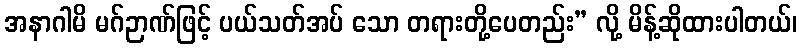
အနာဂါမိ မဂ်ဉာဏ်ဖြင့် ပယ်သတ်အပ် သော တရားတို့ပေတည်း” လို့ မိန့်ဆိုထားပါတယ်၊